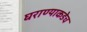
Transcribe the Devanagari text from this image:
घराण्याकडेच